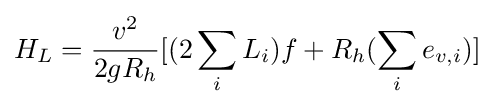
H_{L}={v^{2} \over 2gR_{h}}[(2\sum _{i}L_{i})f+R_{h}(\sum _{i}e_{v,i})]